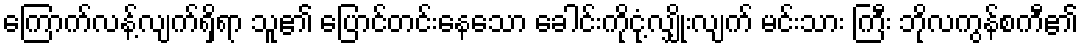
ကြောက်လန့်လျက်ရှိရာ သူ၏ ပြောင်တင်းနေသော ခေါင်းကိုငုံ့လျှိုးလျက် မင်းသား ကြီး ဘိုလကွန်စကီ၏